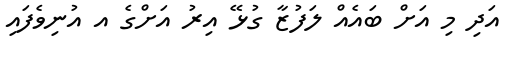
އަދި މި އަށް ބައެއް ލަފުޒާ ގުޅޭ އިރު އަށްގެ އ އުނިވެފައި